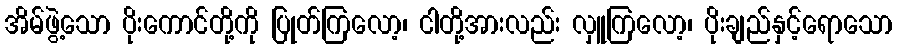
အိမ်ဖွဲ့သော ပိုးကောင်တို့ကို ပြုတ်ကြလော့၊ ငါတို့အားလည်း လှူကြလော့၊ ပိုးချည်နှင့်ရောသော